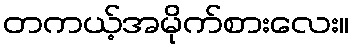
တကယ့်အမိုက်စားလေး။